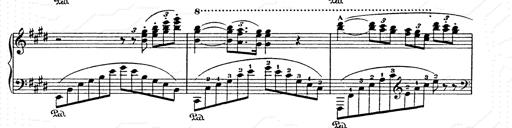
Title: AnnÃ©es de pÃ¨lerinage II
Composer: Franz Liszt